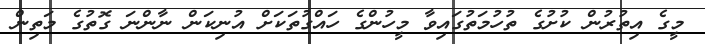
މީގެ އިތުރުން ކުށުގެ ތުހުމަތުގައިވާ މީހުންގެ ހައްގުތަކަށް އުނިކަން ނާންނަ ގޮތުގެ މަތިން